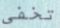
تخفى